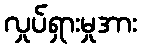
လှုပ်ရှားမှုအား